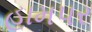
હામપર